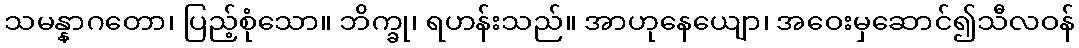
သမန္နာဂတော၊ ပြည့်စုံသော။ ဘိက္ခု၊ ရဟန်းသည်။ အာဟုနေယျော၊ အဝေးမှဆောင်၍သီလဝန်